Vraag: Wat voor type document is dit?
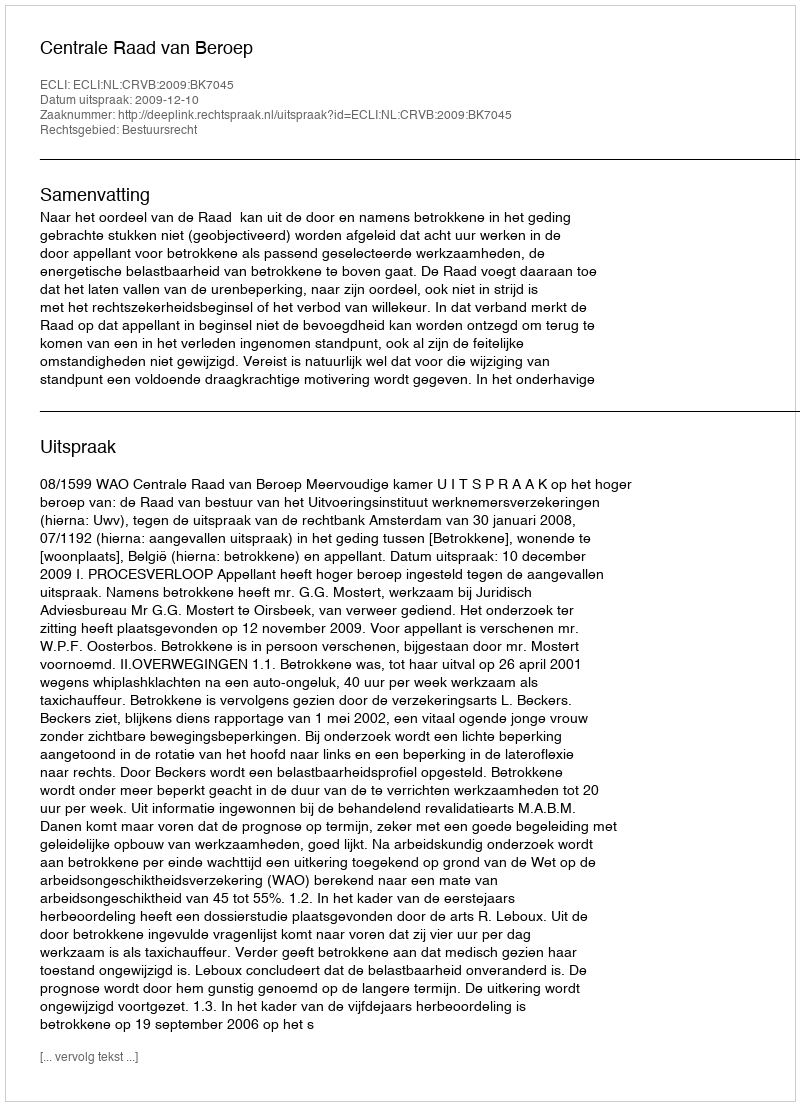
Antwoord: Uitspraak